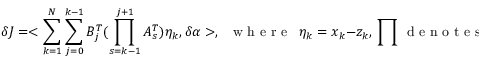
\delta J = < \sum _ { k = 1 } ^ { N } \sum _ { j = 0 } ^ { k - 1 } B _ { j } ^ { T } ( \prod _ { s = k - 1 } ^ { j + 1 } A _ { s } ^ { T } ) \eta _ { k } , \delta \alpha > , \; \; \mathrm { ~ w ~ h ~ e ~ r ~ e ~ } \; \; \eta _ { k } = x _ { k } - z _ { k } , \, \prod \, \mathrm { ~ d ~ e ~ n ~ o ~ t ~ e ~ s ~ r ~ e ~ v ~ e ~ r ~ s ~ e ~ p ~ r ~ o ~ d ~ u ~ c ~ t ~ . ~ }